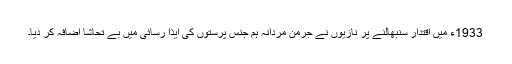
1933ء میں اقتدار سنبھالنے پر نازیوں نے جرمن مردانہ ہم جنس پرستوں کی ایذا رسائی میں بے تحاشا اضافہ کر دیا۔